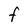
Character: F